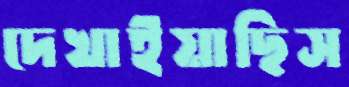
দেখাইয়াছিস